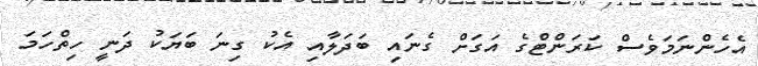
އެހެންނަމަވެސް ކަރަންޓްގެ އަގަށް ގެނައި ބަދަލާއި އެކު ގިނަ ބަޔަކު ދަނީ ހިތްހަމަ